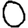
Digit: 0